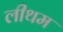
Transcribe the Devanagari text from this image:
लीथम